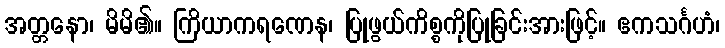
အတ္တနော၊ မိမိ၏။ ကြိယာကရဏေန၊ ပြုဖွယ်ကိစ္စကိုပြုခြင်းအားဖြင့်။ ဧကသင်္ဂဟံ၊